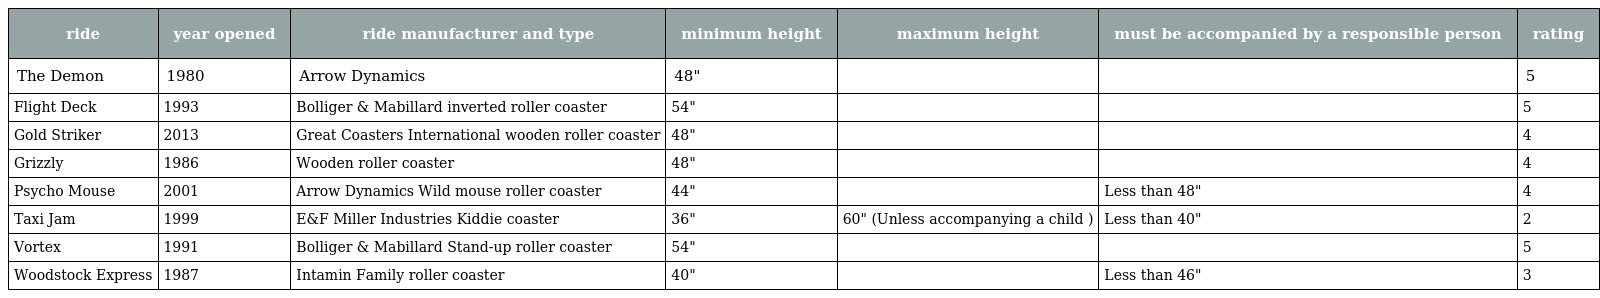
| ride | year opened | ride manufacturer and type | minimum height | maximum height | must be accompanied by a responsible person | rating |
 | --- | --- | --- | --- | --- | --- | --- |
 | The Demon | 1980 | Arrow Dynamics | 48" |  |  | 5 |
 | Flight Deck | 1993 | Bolliger & Mabillard inverted roller coaster | 54" |  |  | 5 |
 | Gold Striker | 2013 | Great Coasters International wooden roller coaster | 48" |  |  | 4 |
 | Grizzly | 1986 | Wooden roller coaster | 48" |  |  | 4 |
 | Psycho Mouse | 2001 | Arrow Dynamics Wild mouse roller coaster | 44" |  | Less than 48" | 4 |
 | Taxi Jam | 1999 | E&F Miller Industries Kiddie coaster | 36" | 60" (Unless accompanying a child ) | Less than 40" | 2 |
 | Vortex | 1991 | Bolliger & Mabillard Stand-up roller coaster | 54" |  |  | 5 |
 | Woodstock Express | 1987 | Intamin Family roller coaster | 40" |  | Less than 46" | 3 |